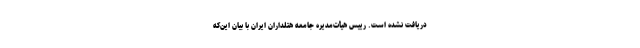
دریافت نشده است. رییس هیأت‌مدیره جامعه هتلداران ایران با بیان این‌که